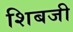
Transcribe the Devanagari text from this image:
शिबजी